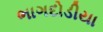
ભાગદોડીયા